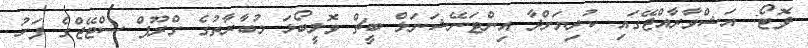
ފޮޓޯ: އަޝްވާރާއްޖޭގައި ކުރިޔަށްދާ އިންޓަނޭޝަނަލް ބީޗް ވޮލީބޯޅަ މުބާރާތުގެ ގްރޫޕް ސްޓޭޖްގެ ފަހު